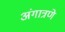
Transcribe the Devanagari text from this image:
अंगात्रणे